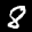
Label: 8